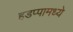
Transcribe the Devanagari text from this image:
हडप्पामध्ये